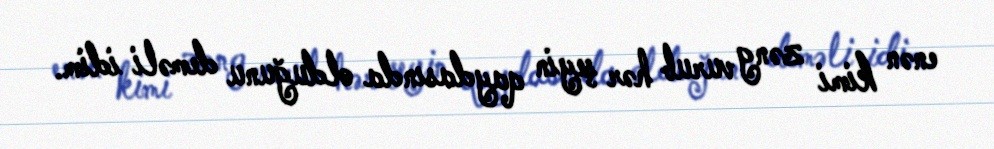
enən kimi zəng vurub hər şeyin qaydasında olduğunu deməli idim.